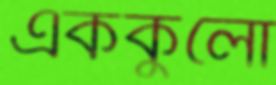
এককুলো